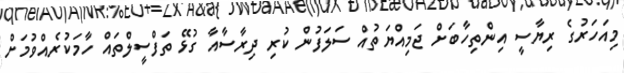
މިއަހަރުގެ ރިޔާސީ އިންތިހާބަށް ޖަމިއްޔަތުއް ސަލަފުން ކުރި ދިރާސާއާ ގުޅޭ ތަފްސީލްތައް ހާމަކުރެއްވުމަށް